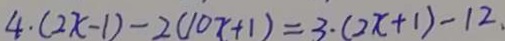
4 \cdot ( 2 x - 1 ) - 2 ( 1 0 x + 1 ) = 3 \cdot ( 2 x + 1 ) - 1 2 .